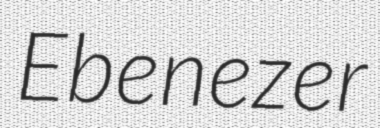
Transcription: Ebenezer